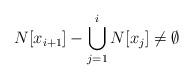
LaTeX: \begin{align*}N[x_{i+1}]-\bigcup_{j=1}^{i}N[x_j]\not=\emptyset\end{align*}